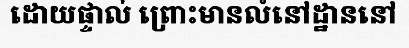
ដោយផ្ទាល់ ព្រោះមានលំនៅដ្ឋាននៅ